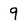
Character: 9